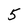
Character: 5